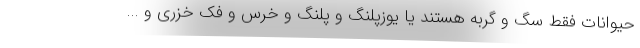
حیوانات فقط سگ و گربه هستند یا یوزپلنگ و پلنگ و خرس و فک خزری و ...